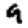
Digit: 9